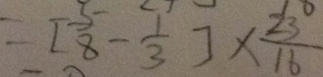
= [ \frac { 5 } { 8 } - \frac { 1 } { 3 } ] \times \frac { 2 3 } { 1 6 }